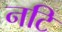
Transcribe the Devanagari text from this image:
नटि